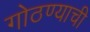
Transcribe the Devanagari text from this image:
गोठण्याची